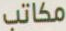
مكاتب